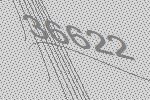
36622